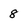
Character: 8